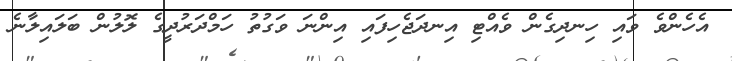
އެހެންވެ ވައި ހިނދިގެން ވެއްޓި އިނދަޖެހިފައި އިންނަ ވަގުތު ހަމްދަރުދީގެ ލޮލުން ބަލައިލާނެ